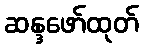
ဆန္ဒဖော်ထုတ်